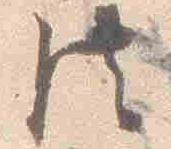
法